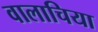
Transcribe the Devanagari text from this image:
वालाचिया